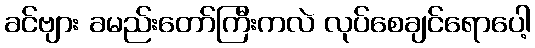
ခင်ဗျား ခမည်းတော်ကြီးကလဲ လုပ်စေချင်ရောပေါ့